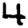
Digit: 4